Lunatic asylums Bombay report 1878-1890 - 1878-1890
Year: 1878
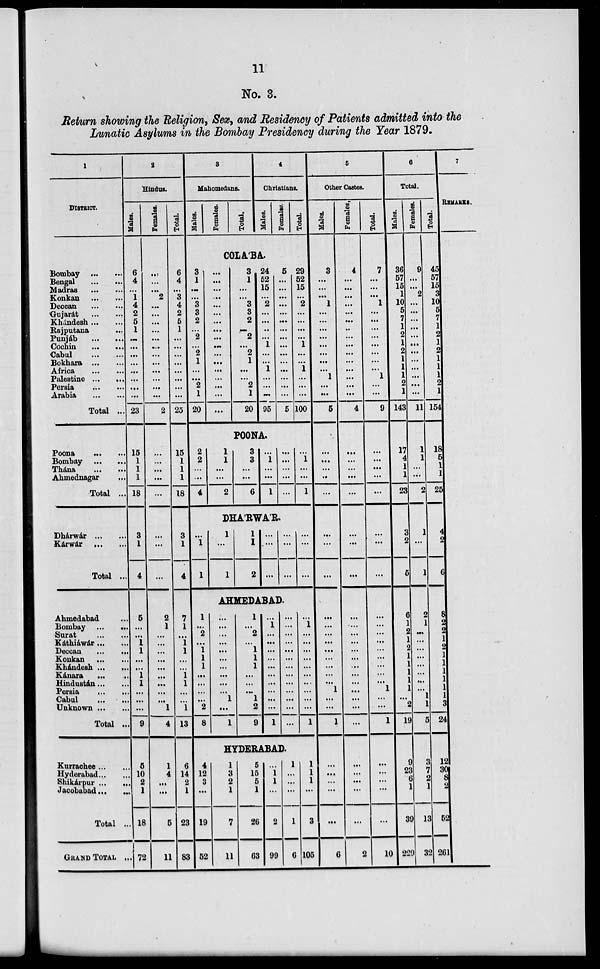
11
No. 3.
Return showing the Religion, Sex, and Residency of Patients admitted into the
Lunatic Asylums in the Bombay Presidency during the Year 1879.
1
DISTRICT.
Bombay ... ...
Bengal ... ...
Madras ... ...
Konkan ... ...
Deccan
...
...
Gujarat
...
...
Khándesh ... ...
Rajputana ... ...
Punjáb
...
...
Cochin ... ...
Cabul
...
...
Bokhara ... ...
Africa ... ...
Palestine ... ...
Persia
...
...
Arabia
...
...
Total ...
Poona ... ...
Bombay
...
...
Thána ... ...
Ahmednagar
...
Total ...
Dhárwár ... ...
Kárwár
...
...
Total ...
Ahmedabad ...
Bombay ... ...
Surat ... ...
Kathiáwár ... ...
Deccan
...
...
Konkan
...
...
Khándesh ... ...
Kánara ... ...
Hindustán ... ...
Persia
...
...
Cabul
...
...
Unknown ... ...
Total ...
Kurrachee ... ...
Hyderabad ... ...
Shikárpur ... ...
Jacobabad ... ...
Total ...
GRAND TOTAL ..
2
Hindus.
Males.
6
4
...
1
4
2
5
1
...
...
...
...
...
...
...
...
23
15
1
1
1
18
3
1
4
5
...
...
1
1
...
...
1
1
...
...
...
9
5
10
2
1
18
72
Females.
...
...
...
2
...
...
...
...
...
...
...
...
...
...
...
...
2
...
...
...
...
...
...
...
...
2
1
...
...
...
...
...
...
...
...
...
1
4
1
4
...
...
5
11
Total.
6
4
...
3
4
2
5
1
...
...
...
...
...
...
...
...
25
15
1
1
1
18
3
1
4
7
1
...
1
1
...
...
1
1
...
...
1
13
6
14
2
1
23
83
3
Mahomedans.
Males.
Females.
Total.
4
Christians.
Males.
Females.
Total.
COLA'BA.
3
1
...
...
3
3
2
...
2
...
2
1
...
...
2
1
20
...
...
...
...
...
...
...
...
...
...
...
...
...
...
...
...
...
3
1
...
...
3
3
2
...
2
...
2
1
...
...
2
1
20
24
52
15
...
2
...
...
..
...
1
...
...
1
...
...
...
95
5
...
...
...
...
...
...
...
...
...
...
...
...
...
...
...
5
29
52
15
...
2
...
...
...
...
1
...
...
1
...
...
...
100
POONA.
2
2
...
...
4
1
1
...
...
2
3
3
...
...
6
...
1
...
...
1
...
...
...
...
...
...
1
...
...
1
DHA'RWA'R.
...
1
1
1
...
1
1
1
2
...
...
...
...
...
...
...
...
...
AHMEDABAD.
1
...
2
...
1
1
1
...
...
...
...
2
8
...
...
...
...
...
...
...
...
...
...
1
...
1
1
...
2
...
1
1
1
...
...
...
1
2
9
...
1
...
...
...
...
...
...
...
...
...
...
1
...
...
...
...
...
...
...
...
...
...
...
...
...
...
1
...
...
...
...
...
...
...
...
...
...
1
HYDERABAD.
4
12
3
...
19
52
1
3
2
1
7
11
5
15
5
1
26
63
...
1
1
...
2
99
1
...
...
...
1
6
1
1
1
...
3
105
5
Other Castes.
Males.
3
...
...
...
1
...
...
...
...
...
...
...
...
1
...
...
5
...
...
...
...
...
...
...
...
...
...
...
...
...
...
...
...
...
1
...
...
1
...
...
...
...
...
6
Females.
4
...
...
...
...
...
...
...
...
...
...
...
...
...
...
...
4
...
...
...
...
...
...
...
...
...
...
...
...
...
...
...
...
...
...
...
...
...
...
...
...
...
...
2
Total.
7
...
...
...
1
...
...
...
...
...
...
...
...
1
...
...
9
...
...
...
...
...
...
...
...
...
...
...
...
...
...
...
...
...
1
...
...
1
...
...
...
...
...
10
6
Total.
Males.
36
57
15
1
10
5
7
1
2
1
2
1
1
1
2
1
143
17
4
1
1
23
3
2
5
6
1
2
1
2
1
1
1
1
1
...
2
19
9
23
6
1
39
229
Females.
9
...
...
2
...
...
...
...
...
...
...
...
...
...
...
...
11
1
1
...
...
2
1
...
1
2
1
...
...
...
...
...
...
...
...
1
1
5
3
7
2
1
13
32
Total.
45
57
15
3
10
5
7
1
2
1
2
1
1
1
2
1
154
18
5
1
1
25
4
2
6
8
2
2
1
2
1
1
1
1
1
1
3
24
12
30
8
2
52
261
7
REMARKS.